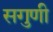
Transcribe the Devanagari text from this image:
सगुणी